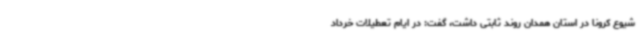
شیوع کرونا در استان همدان روند ثابتی داشت، گفت: در ایام تعطیلات خرداد